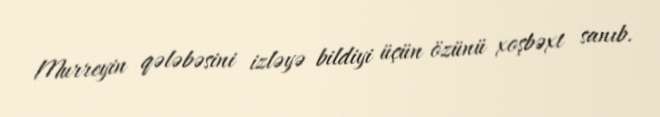
Murreyin qələbəsini izləyə bildiyi üçün özünü xoşbəxt sanıb.